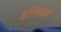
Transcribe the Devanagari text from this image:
इत्तिफ़ाक़